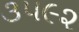
૩૫૯૨